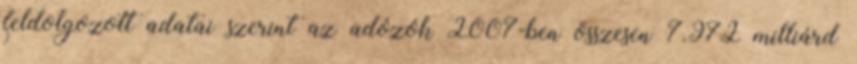
feldolgozott adatai szerint az adózók 2007-ben összesen 7.972 milliárd